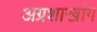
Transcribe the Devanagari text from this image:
अग्रशाखांग